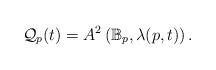
LaTeX: \begin{align*}\mathcal{Q}_p(t)= A^2\left( \mathbb{B}_p,\lambda(p,t)\right).\end{align*}